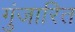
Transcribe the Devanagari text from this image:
गुंजारित